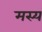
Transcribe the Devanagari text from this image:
मस्य